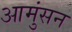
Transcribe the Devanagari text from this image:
आमुंसन